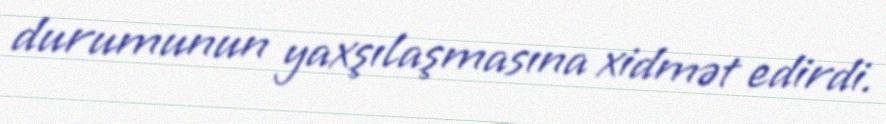
durumunun yaxşılaşmasına xidmət edirdi.